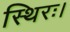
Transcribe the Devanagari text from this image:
स्थिरः।